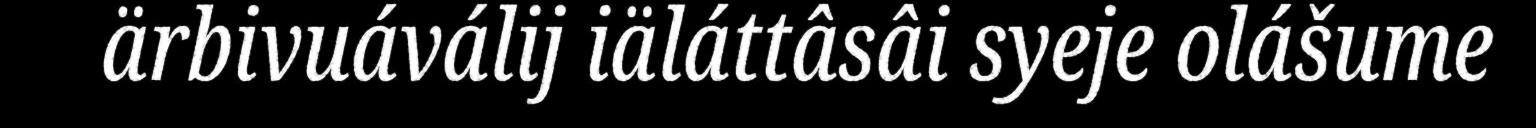
ärbivuáválij iäláttâsâi syeje olášume